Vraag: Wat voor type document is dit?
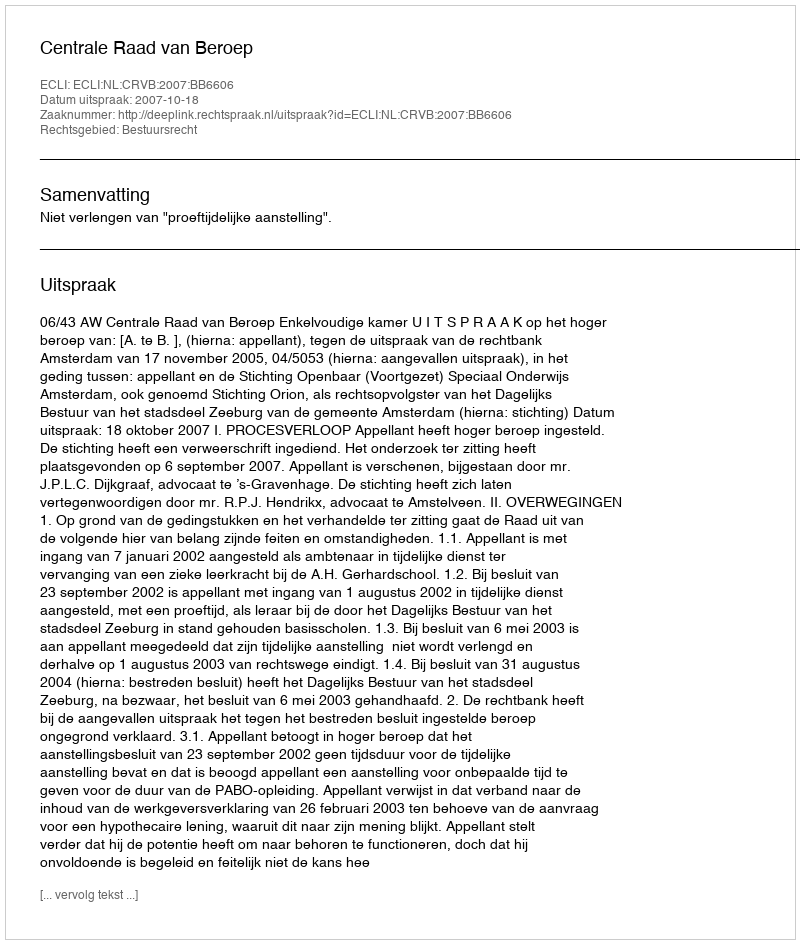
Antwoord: Uitspraak